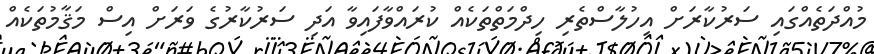
މުއްދަތެއްގައި ސަރުކާރަށް އިހުލާސްތެރި ހިދްމަތްތަކެއް ކުރައްވާފައިވާ އަދި ސަރުކާރުގެ ވަރަށް އިސް މަޤާމުތަކެއް